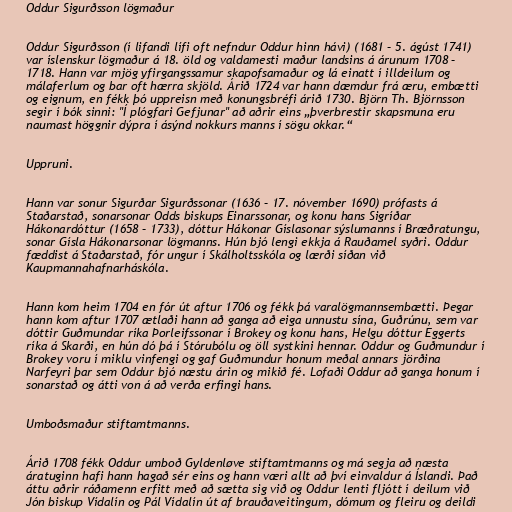
Oddur Sigurðsson lögmaður

Oddur Sigurðsson (í lifandi lífi oft nefndur Oddur hinn hávi) (1681 – 5. ágúst 1741)
var íslenskur lögmaður á 18. öld og valdamesti maður landsins á árunum 1708 –
1718. Hann var mjög yfirgangssamur skapofsamaður og lá einatt í illdeilum og
málaferlum og bar oft hærra skjöld. Árið 1724 var hann dæmdur frá æru, embætti
og eignum, en fékk þó uppreisn með konungsbréfi árið 1730. Björn Th. Björnsson
segir í bók sinni: "Í plógfari Gefjunar" að aðrir eins „þverbrestir skapsmuna eru
naumast höggnir dýpra í ásýnd nokkurs manns í sögu okkar.“

Uppruni.

Hann var sonur Sigurðar Sigurðssonar (1636 – 17. nóvember 1690) prófasts á
Staðarstað, sonarsonar Odds biskups Einarssonar, og konu hans Sigríðar
Hákonardóttur (1658 – 1733), dóttur Hákonar Gíslasonar sýslumanns í Bræðratungu,
sonar Gísla Hákonarsonar lögmanns. Hún bjó lengi ekkja á Rauðamel syðri. Oddur
fæddist á Staðarstað, fór ungur í Skálholtsskóla og lærði síðan við
Kaupmannahafnarháskóla.

Hann kom heim 1704 en fór út aftur 1706 og fékk þá varalögmannsembætti. Þegar
hann kom aftur 1707 ætlaði hann að ganga að eiga unnustu sína, Guðrúnu, sem var
dóttir Guðmundar ríka Þorleifssonar í Brokey og konu hans, Helgu dóttur Eggerts
ríka á Skarði, en hún dó þá í Stórubólu og öll systkini hennar. Oddur og Guðmundur í
Brokey voru í miklu vinfengi og gaf Guðmundur honum meðal annars jörðina
Narfeyri þar sem Oddur bjó næstu árin og mikið fé. Lofaði Oddur að ganga honum í
sonarstað og átti von á að verða erfingi hans.

Umboðsmaður stiftamtmanns.

Árið 1708 fékk Oddur umboð Gyldenløve stiftamtmanns og má segja að næsta
áratuginn hafi hann hagað sér eins og hann væri allt að því einvaldur á Íslandi. Það
áttu aðrir ráðamenn erfitt með að sætta sig við og Oddur lenti fljótt í deilum við
Jón biskup Vídalín og Pál Vídalín út af brauðaveitingum, dómum og fleiru og deildi